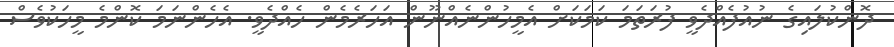
ދޮންކުލައިގެ ނުއުފެއްދެވީ ފުރަތަމަ ކަމަކަށް އެމީހުންނެއްނޫން އަހަރެމެން ހެއްދެވީ. އެހެންނަމަ ކޮންމެ މީހަކުވެސް